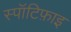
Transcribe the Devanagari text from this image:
स्पॉटिफ़ाइ